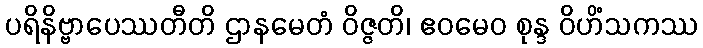
ပရိနိဗ္ဗာပေဿတီတိ ဌာနမေတံ ဝိဇ္ဇတိ၊ ဧဝမေဝ စုန္ဒ ဝိဟိံသကဿ